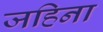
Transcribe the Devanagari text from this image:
जहिना